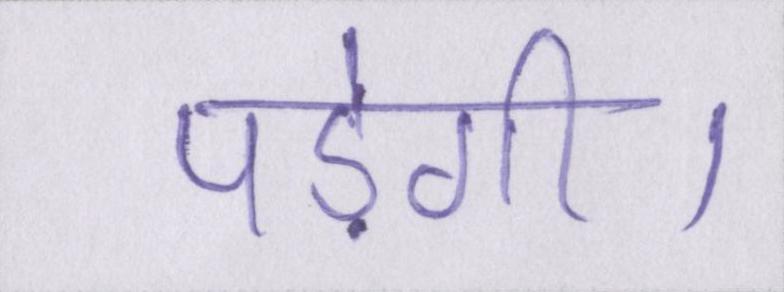
पड़ेगी।